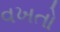
વખતો